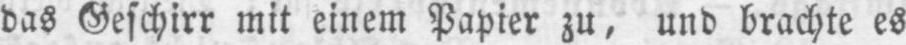
das Geschirr mit einem Papier zu, und brachte es